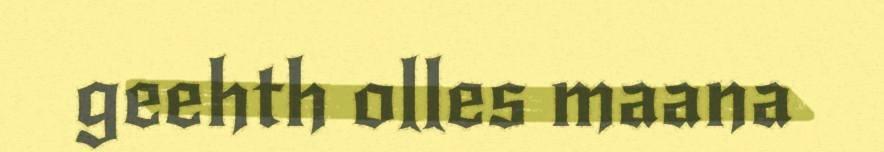
geehth olles maana